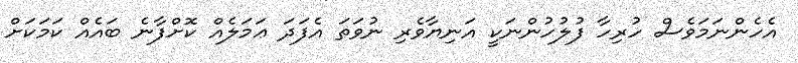
އެހެންނަމަވެސް ހުރިހާ ފުލުހުންނަކީ އަނިޔާވެރި ނުވަތަ އެފަދަ ޢަމަލެއް ކޮށްފާނެ ބައެއް ކަމަކަށް